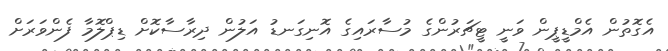
އެގޮތުން އެމްޑީޕީން ވަނީ ޓީޗަރުންގެ މުސާރައިގެ އޮނިގަނޑު އަލުން ދިރާސާކޮށް ޑިޕްލޮމާ ފެންވަރަށް